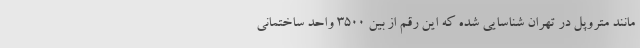
مانند متروپل در تهران شناسایی شده که این رقم از بین ۳۵۰۰ واحد ساختمانی